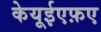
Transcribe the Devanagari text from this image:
केयूईएफ़ए